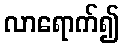
လာရောက်၍